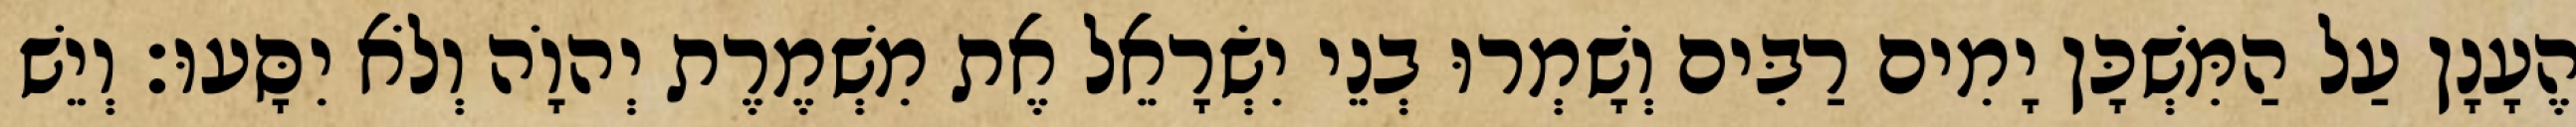
הֶעָנָן עַל הַמִּשְׁכָּן יָמִים רַבִּים וְשָׁמְרוּ בְנֵי יִשְׂרָאֵל אֶת מִשְׁמֶרֶת יְהוָֹה וְלֹא יִסָּעוּ׃ וְיֵשׁ